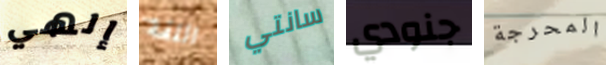
إلهي اللفة سانتي جنودي المحرجة